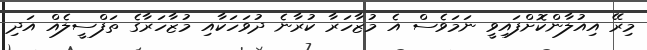
މިރޭ އިއުލާންކޮށްފައިވީ ނަމަވެސް އެ މުޒާހަރާ ކުރާނެ ދުވަހަކާއި މުޒާހަރާގެ ތަފްސީލެއް އަދި